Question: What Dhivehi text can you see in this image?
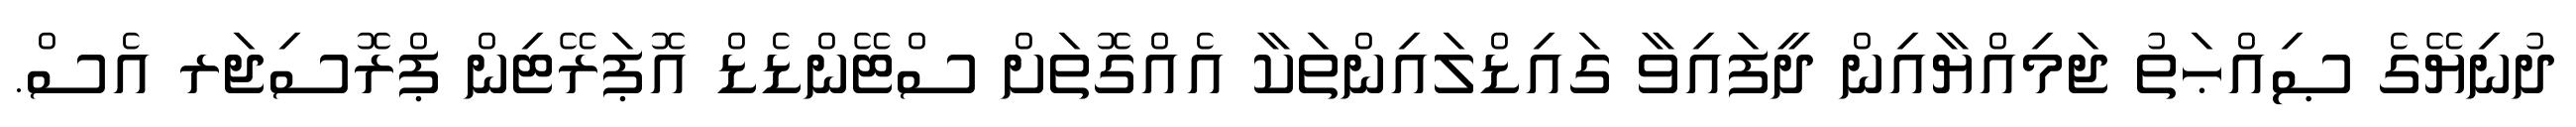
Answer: ދުނިޔޭގެ ޞިއްޙަތު ޖަމިއްޔާއިން ދީފައިވާ ގައިޑްލައިންތަކާ އެއްގޮތަށް ސްޓޭންޑެޑް އޮޕަރޭޓިން ޕްރޮސިޖަރ އެސް.